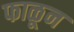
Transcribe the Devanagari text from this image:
फाळून